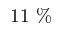
1 1 \ \%